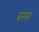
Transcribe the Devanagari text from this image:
बरनर